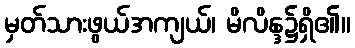
မှတ်သားဖွယ်အကျယ်၊ မိလိန္ဒ၌ရှိ၏။